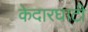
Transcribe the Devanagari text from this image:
केदारघाटी